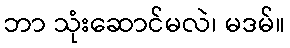
ဘာ သုံးဆောင်မလဲ၊ မဒမ်။